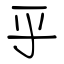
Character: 乎